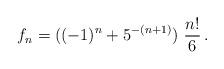
LaTeX: \begin{align*}f_n= ((-1)^n + 5^{-(n+1)}) \ {n! \over 6} \, .\end{align*}